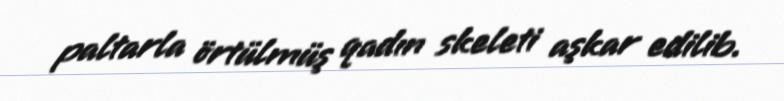
paltarla örtülmüş qadın skeleti aşkar edilib.